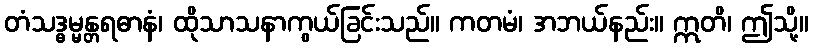
တံသဒ္ဓမ္မန္တရဓာနံ၊ ထိုသာသနာကွယ်ခြင်းသည်။ ကတမံ၊ အဘယ်နည်း။ ဣတိ၊ ဤသို့။